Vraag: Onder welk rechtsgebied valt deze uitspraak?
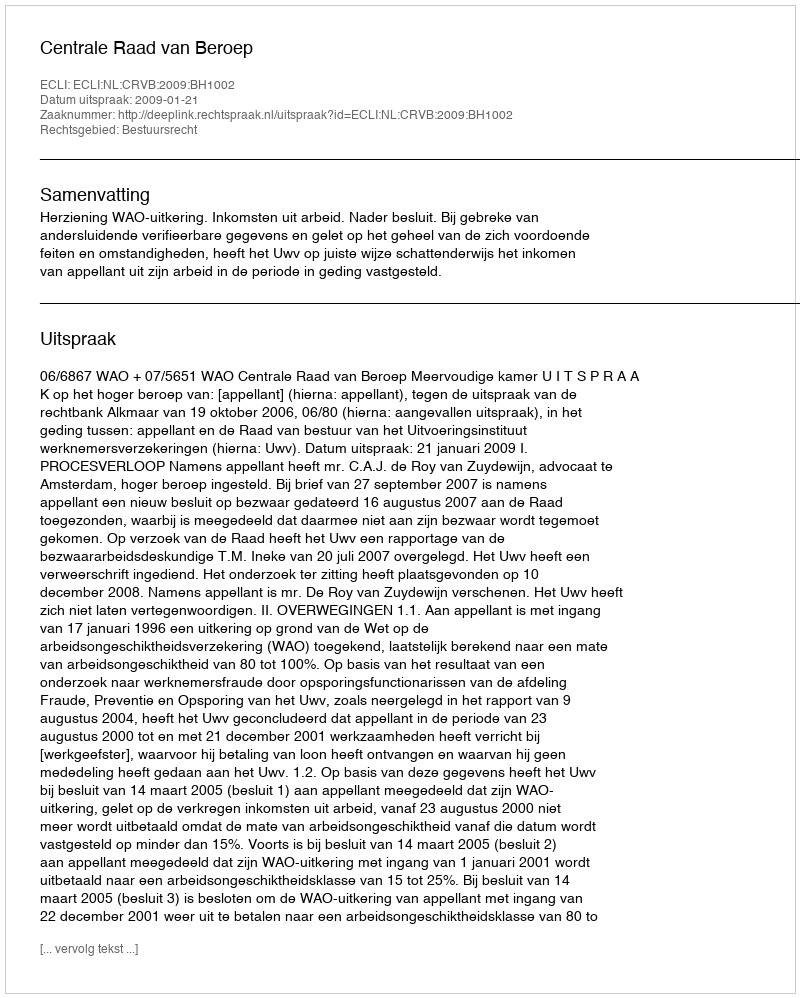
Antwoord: Bestuursrecht